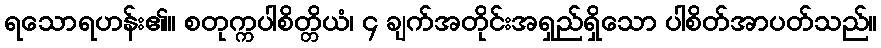
ရသောရဟန်း၏။ စတုက္ကပါစိတ္တိယံ၊ ၄ ချက်အတိုင်းအရှည်ရှိသော ပါစိတ်အာပတ်သည်။